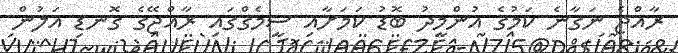
ރާއްޖެ ނަގާނެ ކަމުގެ އުންމީދު ބޮޑު ކަމަށާއި ސީމެގްގައި ރާއްޖޭގެ ގޮނޑި އަލުން